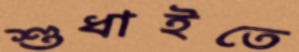
শুধাইতে